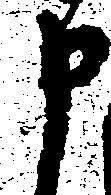
申